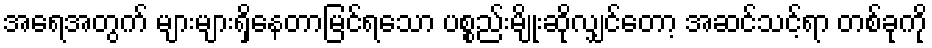
အရေအတွက် များများရှိနေတာမြင်ရသော ပစ္စည်းမျိုးဆိုလျှင်တော့ အဆင်သင့်ရာ တစ်ခုကို